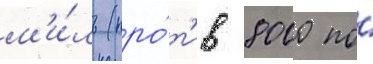
м'и́ль (про́т'ив 8000 по́